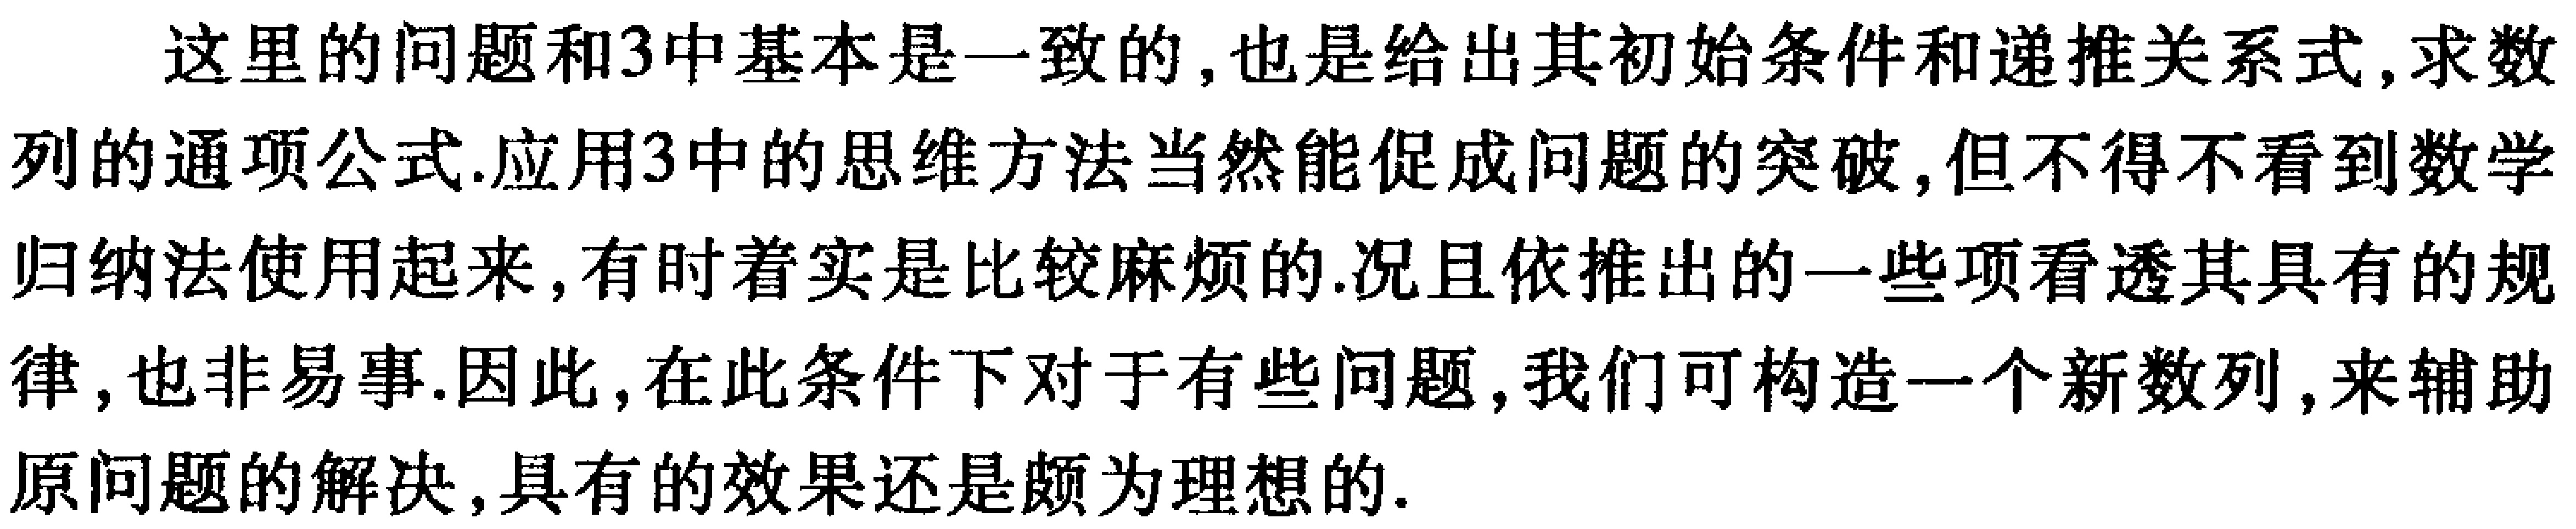
这里的问题和3中基本是一致的,也是给出其初始条件和递推关系式,求数列的通项公式.应用3中的思维方法当然能促成问题的突破,但不得不看到数学归纳法使用起来,有时着实是比较麻烦的.况且依推出的一些项看透其具有的规律,也非易事.因此,在此条件下对于有些问题,我们可构造一个新数列,来辅助原问题的解决,具有的效果还是颇为理想的.